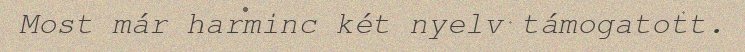
Most már harminc két nyelv támogatott.